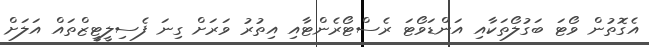
އެގޮތުން ވޯޓަ ބަގުލޯތަކާއި އަންޑަވޯޓަ ރެސްޓޯރެންޓާއި އިތުރު ވަރަށް ގިނަ ފެސިލީޓީޒްތައް އަލަށް